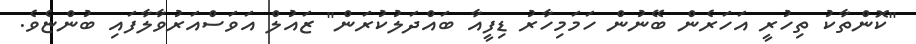
"ކޮންތާކު ތިހުރީ އަހަރެން ބޭނުން ހަމަމިހާރު ޑިފީއާ ބައްދަލުކުރަން" ޒައުލް އަވަސްއަރުވާލާފައި ބުންޏެވެ.